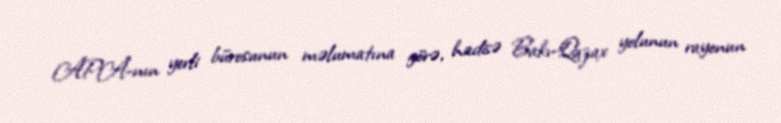
APA-nın yerli bürosunun məlumatına görə, hadisə Bakı-Qazax yolunun rayonun